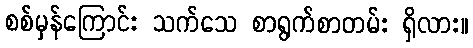
စစ်မှန်ကြောင်း သက်သေ စာရွက်စာတမ်း ရှိလား။